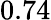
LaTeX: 0.74